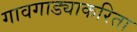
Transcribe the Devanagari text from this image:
गावगाड्याकरिता